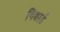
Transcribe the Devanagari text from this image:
गिशार्ड